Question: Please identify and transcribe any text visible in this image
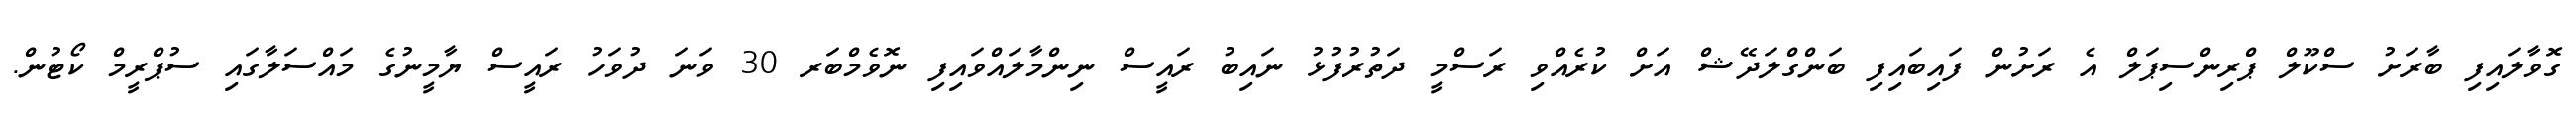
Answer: ގޮވާލައިފި ބާރަށު ސްކޫލް ޕްރިންސިޕަލް އެ ރަށުން ފައިބައިފި ބަންގްލަދޭޝް އަށް ކުރެއްވި ރަސްމީ ދަތުރުފުޅު ނައިބު ރައީސް ނިންމާލައްވައިފި ނޮވެމްބަރ 30 ވަނަ ދުވަހު ރައީސް ޔާމީނުގެ މައްސަލާގައި ސުޕްރީމް ކޯޓުން.